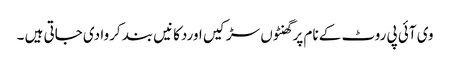
وی آئی پی روٹ کے نام پر گھنٹوں سڑکیں اوردکانیں بند کروا دی جاتی ہیں ۔